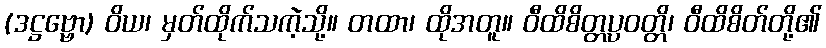
(ဒဋ္ဌဗ္ဗော) ဝိယ၊ မှတ်ထိုက်သကဲ့သို့။ တထာ၊ ထိုအတူ။ ဝီထိစိတ္တပ္ပဝတ္တိ၊ ဝီထိစိတ်တို့၏